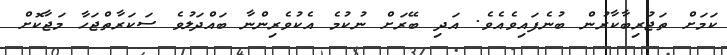
ކަމަށް ތަޖުރިބާކާރުން ބުނެފައިވެއެވެ. އަދި ބޭރަށް ނުކުމެ އެކުވެރިންނާ ބައްދަލުވެ ސަކަރާތްޖަހާ މަޖާކޮށް